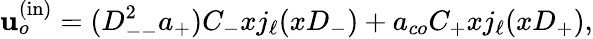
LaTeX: \mathbf{u}_{o}^{\mathrm{{(in)}}}=(D_{--}^{2}a_{+})C_{-}xj_{\ell}(xD_{-})+a_{co}C_{+}xj_{\ell}(xD_{+}),